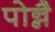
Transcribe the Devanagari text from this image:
पोन्नै